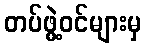
တပ်ဖွဲ့ဝင်များမှ